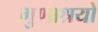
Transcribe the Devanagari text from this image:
गुणाश्रयो